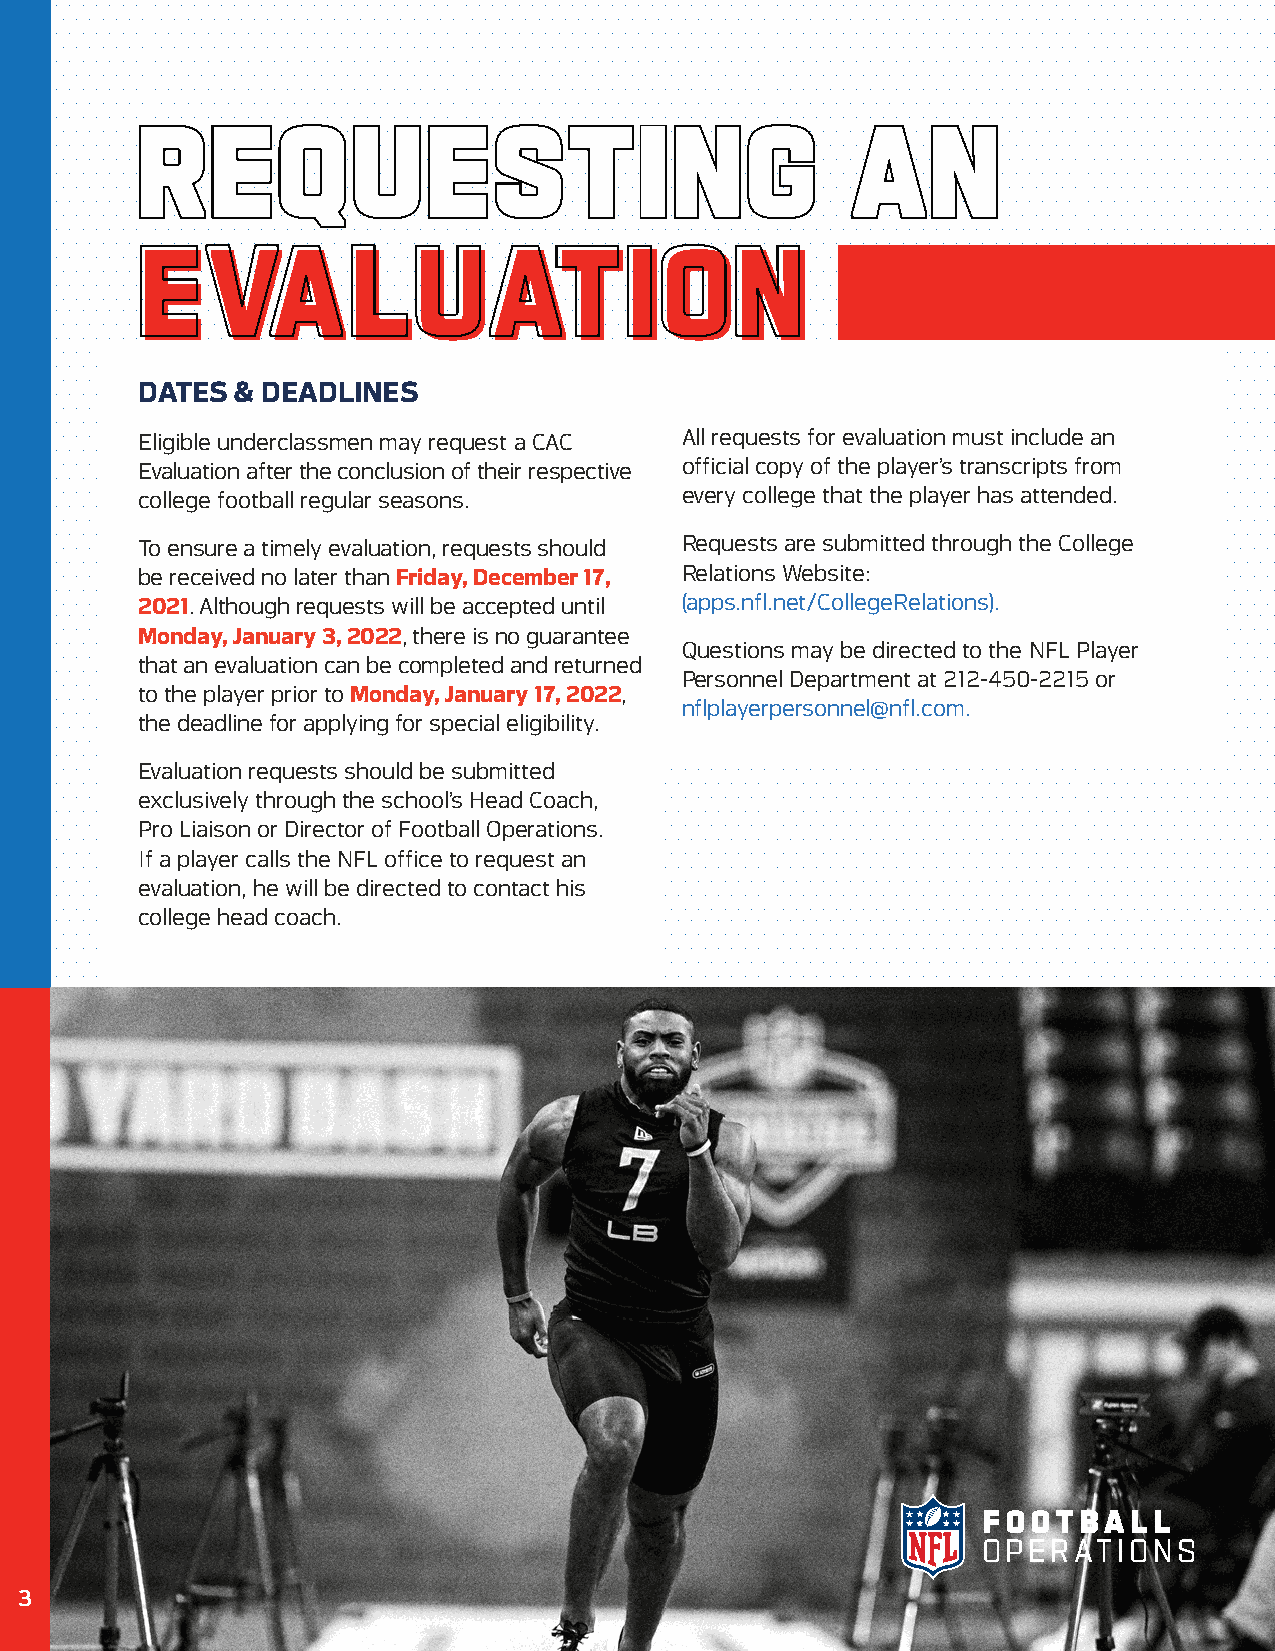
RREEQQUUEESSTTII                    NNGG       AANN
 EEVVAALLUUAATTIIOONN
 DATES  & DEADLINES
 Eligible underclassmen may request a CAC All requests for evaluation must include an
 Evaluation after the conclusion of their respective official copy of the player’s transcripts from
 college football regular seasons.   every college that the player has attended.
 To ensure a timely evaluation, requests should Requests are submitted through the College
 be received no later than Friday, December 17, Relations Website:
 2021. Although requests will be accepted until (apps.nfl.net/CollegeRelations).
 Monday, January 3, 2022, there is no guarantee
 Questions may be directed to the NFL Player
 that an evaluation can be completed and returned
 Personnel Department at 212-450-2215 or
 to the player prior to Monday, January 17, 2022,
 nflplayerpersonnel@nfl.com.
 the deadline for applying for special eligibility.
 Evaluation requests should be submitted
 exclusively through the school’s Head Coach,
 Pro Liaison or Director of Football Operations.
 If a player calls the NFL office to request an
 evaluation, he will be directed to contact his
 college head coach.
 F O O TBA L L
 O P E R AT I O N S
 3